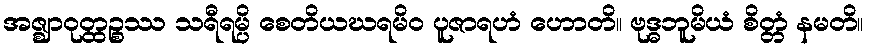
အဇ္ဈာဝုတ္ထဉ္စဿ သရီရမ္ပိ စေတိယဃရမိဝ ပူဇာရဟံ ဟောတိ။ ဗုဒ္ဓဘူမိယံ စိတ္တံ နမတိ။